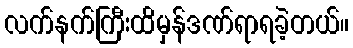
လက်နက်ကြီးထိမှန်ဒဏ်ရာရခဲ့တယ်။